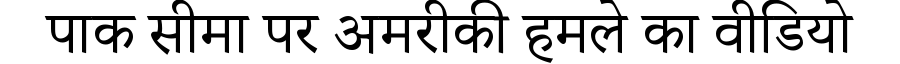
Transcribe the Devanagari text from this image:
पाक सीमा पर अमरीकी हमले का वीडियो